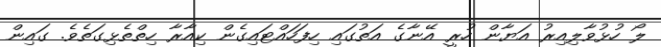
ލޯ ހުޅުވާލިއިރު އަޔާން ހުރީ އޭނާގެ އަތުގައި ހިފަހައްޓައިގެން ކިއާރާ ހިތްތެޅިގަތެވެ. ގައިން